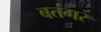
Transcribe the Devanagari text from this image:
बतंगर